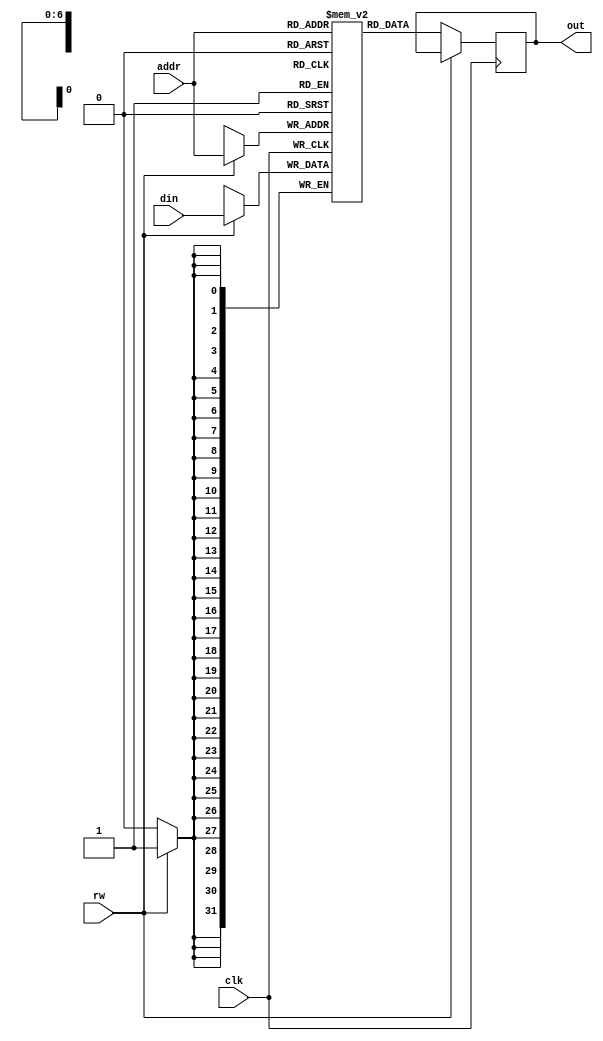
`timescale 1ns / 1ps
//////////////////////////////////////////////////////////////////////////////////
// Company: 
// Engineer: 
// 
// Design Name: 
// Module Name: RAM
// Project Name: 
// Target Devices: 
// Tool Versions: 
// Description: 
// 
// Dependencies: 
// 
// Revision:
// Revision 0.01 - File Created
// Additional Comments:
// 
//////////////////////////////////////////////////////////////////////////////////


module RAM #(parameter width = 32, height = 100) (
    output reg [width-1:0] out,
    input clk,
    input [width-1:0] din,
    input [$clog2(height)-1:0] addr,
    input rw
    );
    reg [width-1:0] ram [height-1:0];
    integer i;

    initial
        for (i = 0; i < height; i = i + 1) begin
            ram[i] = {width{1'b0}};
        end

    always @(posedge clk) begin
        if (rw)
            ram[addr] <= din;
        else
            out <= ram[addr];
    end
endmodule